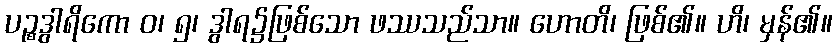
ပဉ္စဒွါရိကော ဝ၊ ၅၊ ဒွါရ၌ဖြစ်သော ဖဿသည်သာ။ ဟောတိ၊ ဖြစ်၏။ ဟိ၊ မှန်၏။